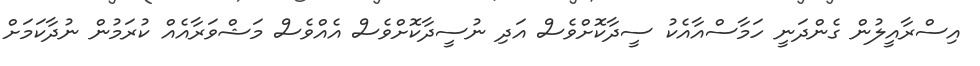
އިސްރާއީލުން ގެންދަނީ ހަމާސްއާއެކު ސީދާކޮށްވެސް އަދި ނުސީދާކޮށްވެސް އެއްވެސް މަޝްވަރާއެއް ކުރަމުން ނުދާކަމަށް